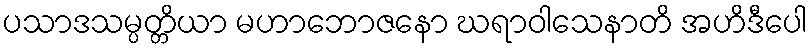
ပသာဒသမ္ပတ္တိယာ မဟာဘောဇနော ဃရာဝါသေနာတိ အဟိဒီပေါ